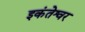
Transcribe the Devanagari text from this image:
इकंतेश्वर